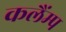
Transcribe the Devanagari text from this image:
कलैंम्प